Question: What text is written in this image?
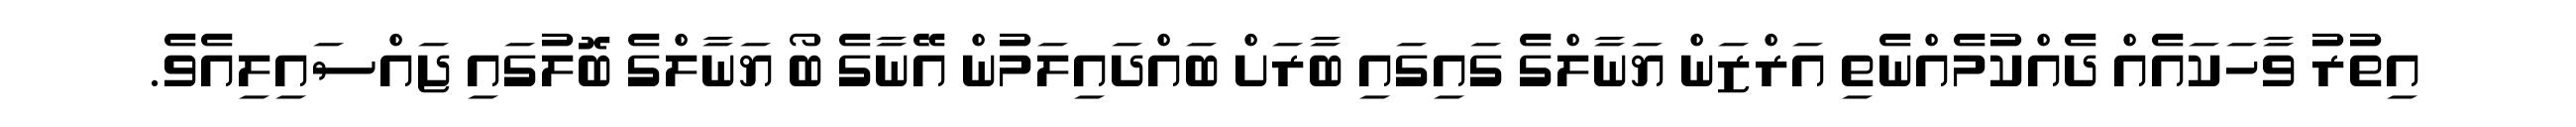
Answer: އިތުރު ވާހަކައެއް ދެއްކުމެއްނެތި އަރްޒަން ޔަނާލްގެ ގައިގައި ބާރަށް ބައްދައިލަމުން އޭނާގެ ބޯ ޔަނާލްގެ ބޮލުގައި ޖައްސައިލިއެވެ.